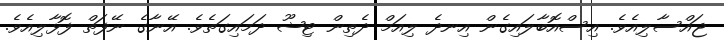
ޖައްސާލިއެވެ. އިސްއޮބާލައިގެން އިނދެ ލިއަމް ދެތިން ޓިޝޫ ދަމައިގަތެވެ. އޭނާގެ ނޭފަތް ފޮޅާލިއެވެ.